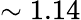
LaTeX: \sim 1.14